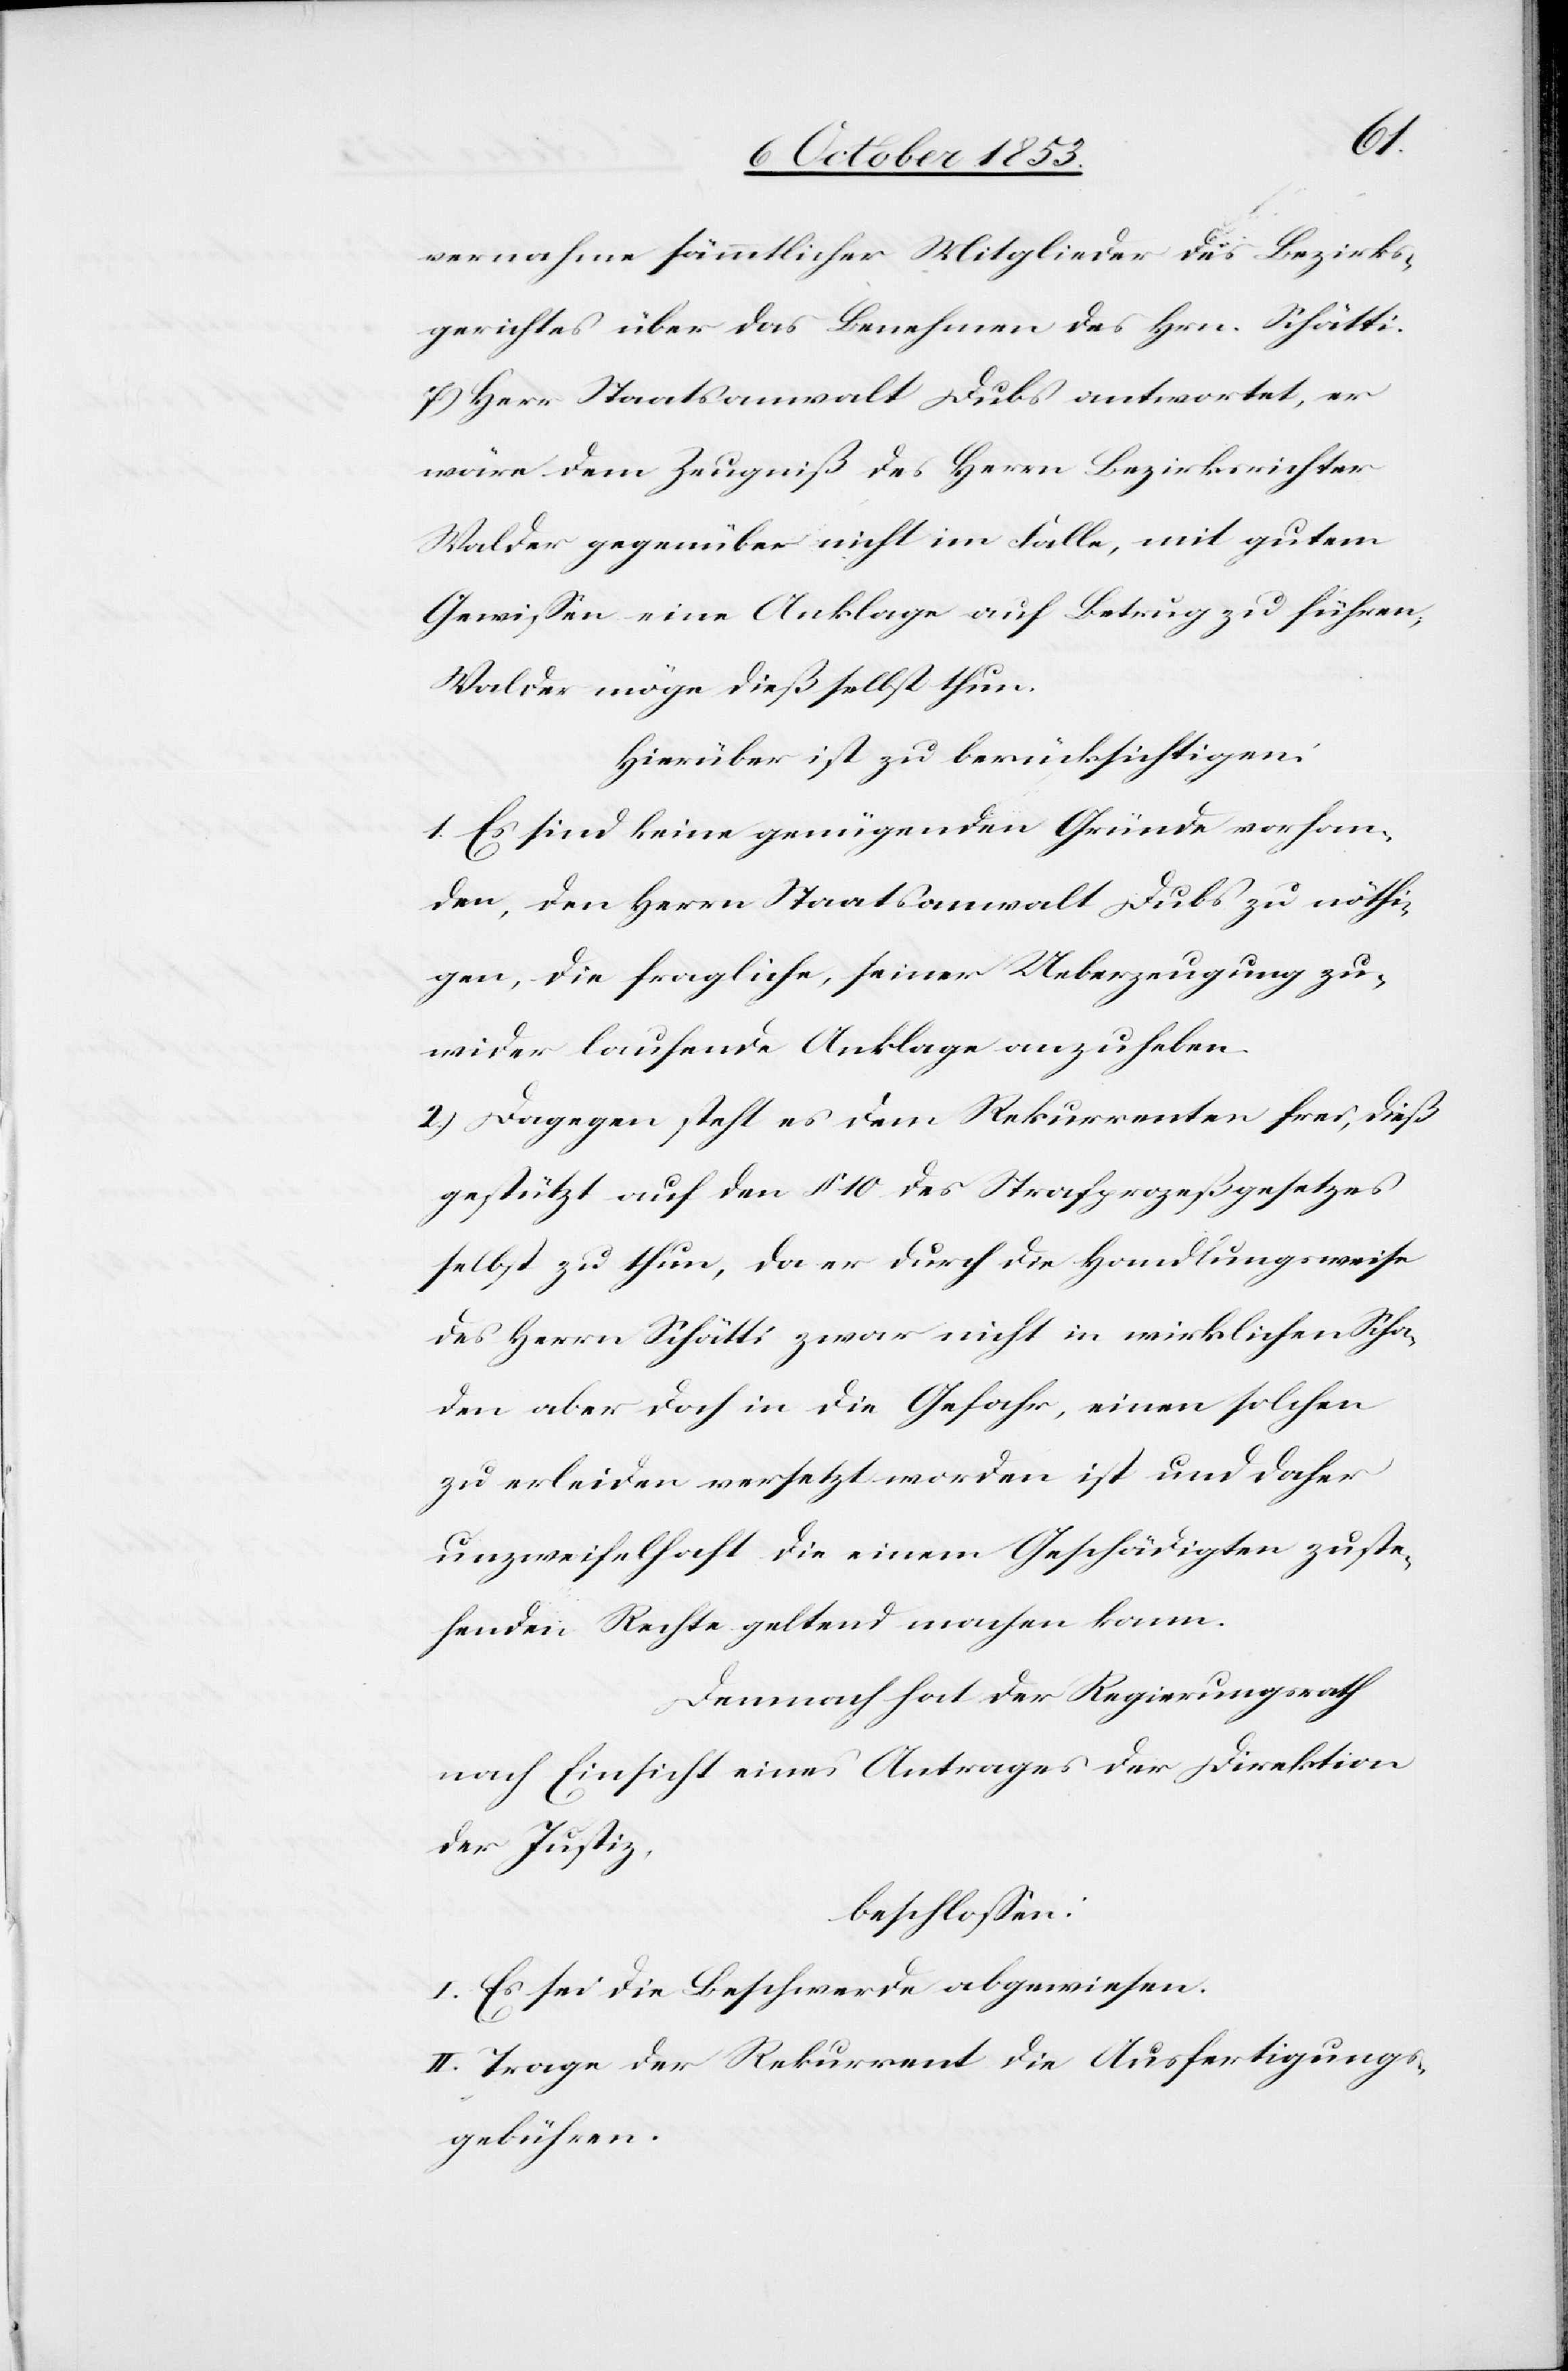
vernahme sämmtlicher Mitglieder des Bezirks¬
gerichtes über das Benehmen des Hrn. Schätti.
7.) Herr Staatsanwalt Dubs antwortet, er
wäre dem Zeugniß des Herrn Bezirksrichter
Walder gegenüber nicht im Falle, mit gutem
Gewißen eine Anklage auf Betrug zu führen,
Walder möge dieß selbst thun.
Hierüber ist zu berücksichtigen:
1. Es sind keine genügenden Gründe vorhan¬
den, den Herrn Staatsanwalt Dubs zu nöthi¬
gen, die fragliche, seiner Ueberzeugung zu¬
wider laufende Anklage anzuheben.
2.) Dagegen steht es dem Rekurrenten frei, dieß
gestützt auf den § 10 des Strafprozeßgesetzes
selbst zu thun, da er durch die Handlungsweise
des Herrn Schätti zwar nicht in wirklichen Scha¬
den aber doch in die Gefahr, einen solchen
zu erleiden versetzt worden ist und daher
unzweifelhaft die einem Geschädigten zuste¬
henden Rechte geltend machen kann.
Demnach hat der Regierungsrath,
nach Einsicht eines Antrages der Direktion
der Justiz,
beschloßen:
I. Es sei die Beschwerde abzuweisen.
II. Trage der Rekurrent die Ausfertigungs¬
gebühren.